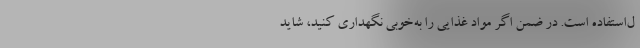
ل‌استفاده است. در ضمن اگر مواد غذایی را به‌خوبی نگهداری کنید، شاید